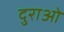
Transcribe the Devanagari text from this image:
दुराओ